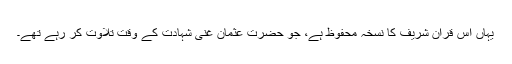
یہاں اس قران شریف کا نسخہ محفوظ ہے، جو حضرتِ عثمان غنی شہادت کے وقت تلاوت کر رہے تھے۔